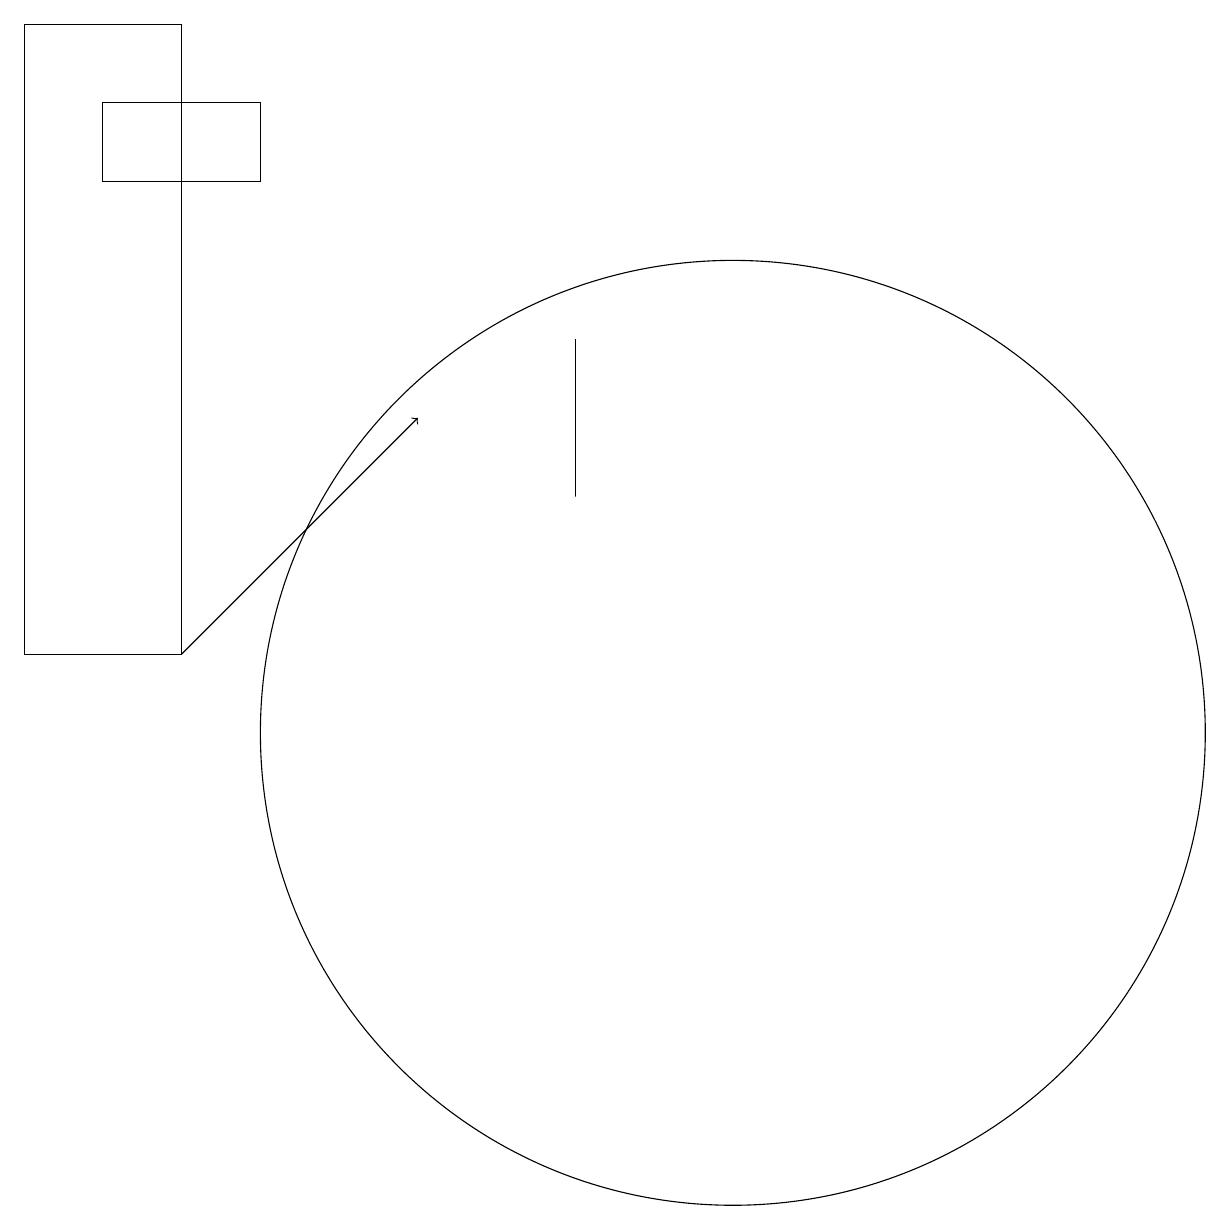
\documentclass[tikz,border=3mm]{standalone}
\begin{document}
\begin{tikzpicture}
\draw (11,10) circle (6);
\draw (4,19) rectangle (2,11);
\draw[->] (4,11) -- (7,14);
\draw (5,18) rectangle (3,17);
\draw (9,15) rectangle (9,13);
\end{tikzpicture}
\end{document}